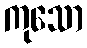
ကုသော